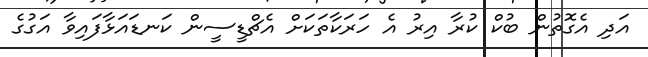
އަދި އެގޮތުން ބުކް ކުރާ އިރު އެ ހަރަކާތަކަށް އެޗްޑީސީން ކަނޑައަޅާފައިވާ އަގުގެ